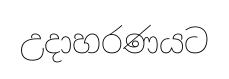
උදාහරණයට